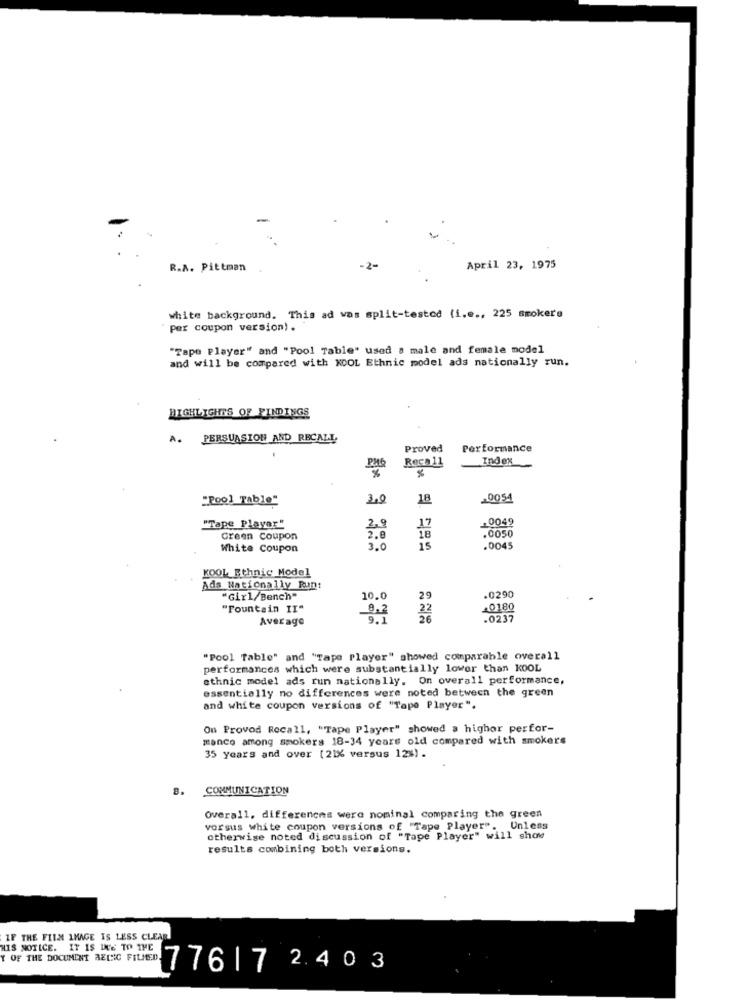
R.A. Pittman
April 23, 1975
white background. This ad was split-tested (i.e ., 225 smokers
per coupon version) .
"Tape Player" and "Pool Table" used a male and female model
and will be compared with KOOL Ethnic model ads nationally run.
HIGHLIGHTS OF FINDINGS
A.
PERSUASION AND RECALA
Proved
Performance
Reca 11
Index
PMC
%
"Pool Table"
3.0
18
0054
. 0049
"Tape Playar"
2,9
.0050
Creen Coupon
2.8
18
White Coupon
3.0
15
.0045
KOOL Ethnic Model
Ads Nationally Runt
"Girl/Bench"
10.0
29
.0290
"Fountain II"
9,2
22
40180
Average
9.1
26
.0237
"Pool Table" and "Tape Player" showed comparable overall
performances which were substantially lower than KOOL
ethnic model ads run nationally. On overall performance,
essentially no differences were noted between the green
and white coupon versions of "Tape Player".
On Provod Recall, "Tape Player" showed a highor perfor-
manco among smokers 18-34 years old compared with smokers
35 years and over (21% versus 12%) .
B.
COMMUNICATION
Overall, differencms were nominal comparing the green
vorsus white coupon versions of "Tape Player". Unless
otherwise noted discussion of "Tape Player" will show
results combining both versions.
IF THE FILM IMAGE IS LESS CLEAR
HIS NOTICE. IT IS DUE TO THE
OF THE DOCUMENT AECC FILED 7 76|7 2.403